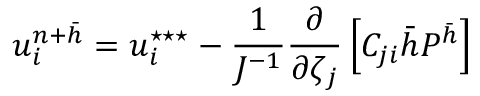
u _ { i } ^ { n + \bar { h } } = u _ { i } ^ { \star \star \star } - \frac { 1 } { J ^ { - 1 } } \frac { \partial } { \partial \zeta _ { j } } \left[ C _ { j i } \bar { h } P ^ { \bar { h } } \right]